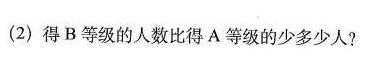
(2)得B等级的人数比得A等级的少多少人?